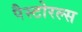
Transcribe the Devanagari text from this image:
पैस्टोरल्स